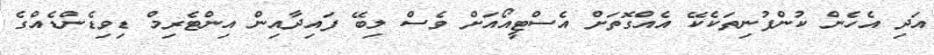
އަދި އެހެން ކުންފުނިތަކެކޭ އެއްގޮތަށް އެސްޓީއޯއަށް ވެސް ލިބޭ ފައިދާއިން އިންޓެރިމް ޑިވިޑެންޑެއްގެ